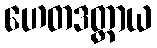
ဟေတဒတ္ထာယ